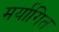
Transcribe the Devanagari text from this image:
मर्यागित